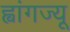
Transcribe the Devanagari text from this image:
ह्वांगज्यू